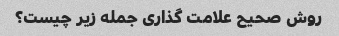
روش صحیح علامت گذاری جمله زیر چیست؟